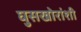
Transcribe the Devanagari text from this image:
घुसखोरांशी